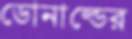
ডোনাল্ডের